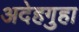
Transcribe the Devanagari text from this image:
अदेहगुहा